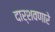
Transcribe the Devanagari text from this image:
दार्शवणारे